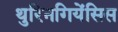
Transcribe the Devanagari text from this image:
थुरिनगियेंसिस